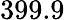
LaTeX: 399.9